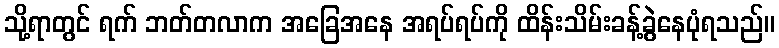
သို့ရာတွင် ရက် ဘတ်တလာက အခြေအနေ အရပ်ရပ်ကို ထိန်းသိမ်းခန့်ခွဲနေပုံရသည်။